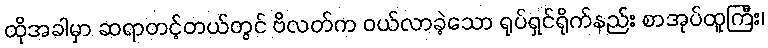
ထိုအခါမှာ ဆရာတင့်တယ်တွင် ဗိလတ်က ဝယ်လာခဲ့သော ရုပ်ရှင်ရိုက်နည်း စာအုပ်ထူကြီး၊